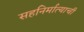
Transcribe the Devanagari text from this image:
सहनिर्मात्याची